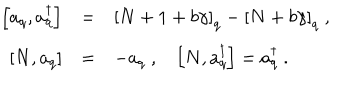
\begin{array} { r c l } { { \displaystyle \left[ a _ { q } , a _ { q } ^ { \dagger } \right] } } & { { = } } & { { \left[ N + 1 + b \gamma \right] _ { q } - \left[ N + b \gamma \right] _ { q } ~ , } } \\ { { \displaystyle \left[ N , a _ { q } \right] } } & { { = } } & { { - a _ { q } ~ , \displaystyle \left[ N , a _ { q } ^ { \dagger } \right] = a _ { q } ^ { \dagger } ~ . } } \\ \end{array}